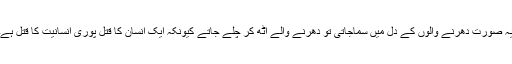
یہ صورت دھرنے والوں کے دل میں سماجاتی تو دھرنے والے اٹھ کر چلے جاتے کیونکہ ایک انسان کا قتل پوری انسانیت کا قتل ہے۔